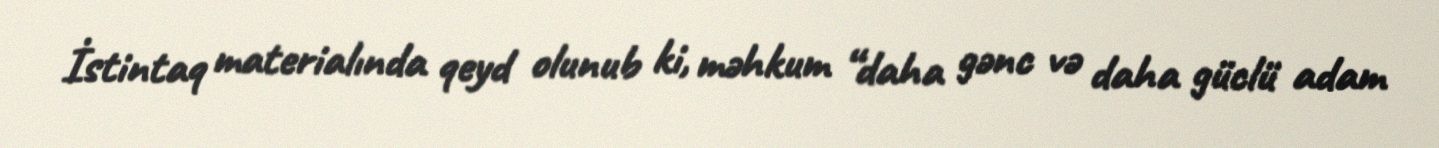
İstintaq materialında qeyd olunub ki, məhkum “daha gənc və daha güclü adam